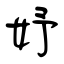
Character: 妤